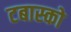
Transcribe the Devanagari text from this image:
टबास्को